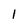
Character: l